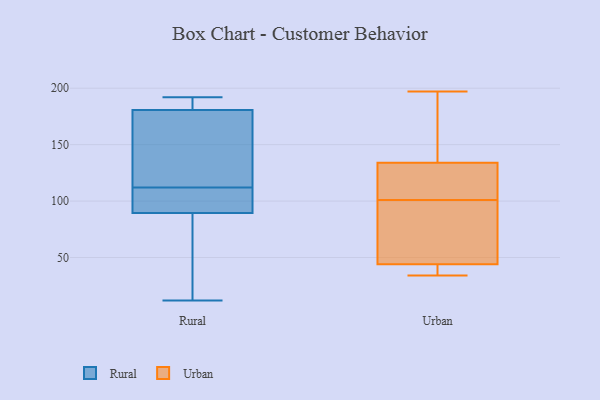
{"axis": {"x": "Latency (ms)", "y": "Value"}, "legend": ["Rural", "Urban"], "data": [{"x": "", "y": 151, "type": "Rural"}, {"x": "", "y": 108, "type": "Rural"}, {"x": "", "y": 180, "type": "Rural"}, {"x": "", "y": 138, "type": "Rural"}, {"x": "", "y": 12, "type": "Rural"}, {"x": "", "y": 192, "type": "Rural"}, {"x": "", "y": 88, "type": "Rural"}, {"x": "", "y": 98, "type": "Rural"}, {"x": "", "y": 191, "type": "Rural"}, {"x": "", "y": 49, "type": "Rural"}, {"x": "", "y": 183, "type": "Rural"}, {"x": "", "y": 112, "type": "Rural"}, {"x": "", "y": 90, "type": "Rural"}, {"x": "", "y": 34, "type": "Urban"}, {"x": "", "y": 80, "type": "Urban"}, {"x": "", "y": 124, "type": "Urban"}, {"x": "", "y": 35, "type": "Urban"}, {"x": "", "y": 42, "type": "Urban"}, {"x": "", "y": 150, "type": "Urban"}, {"x": "", "y": 197, "type": "Urban"}, {"x": "", "y": 163, "type": "Urban"}, {"x": "", "y": 134, "type": "Urban"}, {"x": "", "y": 74, "type": "Urban"}, {"x": "", "y": 103, "type": "Urban"}, {"x": "", "y": 99, "type": "Urban"}, {"x": "", "y": 44, "type": "Urban"}, {"x": "", "y": 133, "type": "Urban"}]}